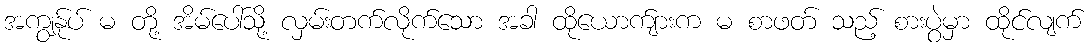
အကျွန်ုပ် မ တို့ အိမ်ပေါ်သို့ လှမ်းတက်လိုက်သော အခါ ထိုယောက်ျားက မ စာဖတ် သည့် စားပွဲမှာ ထိုင်လျက်